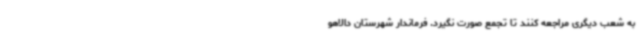
به شعب دیگری مراجعه کنند تا تجمع صورت نگیرد. فرماندار شهرستان دالاهو